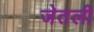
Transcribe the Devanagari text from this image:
जेतली